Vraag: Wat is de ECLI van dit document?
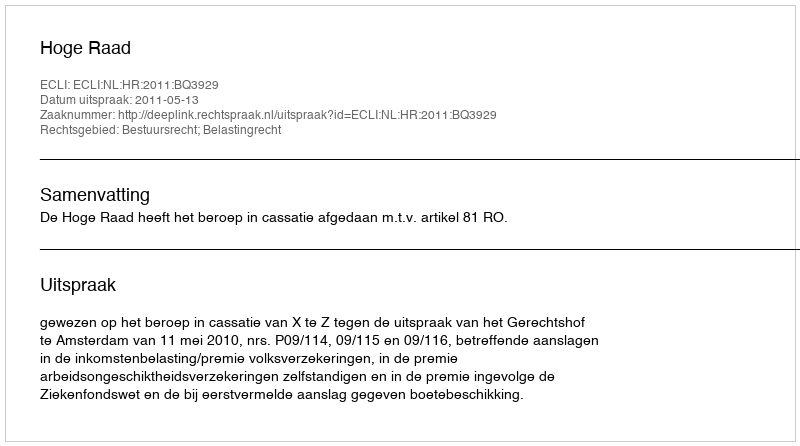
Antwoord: ECLI:NL:HR:2011:BQ3929